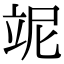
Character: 𥩥